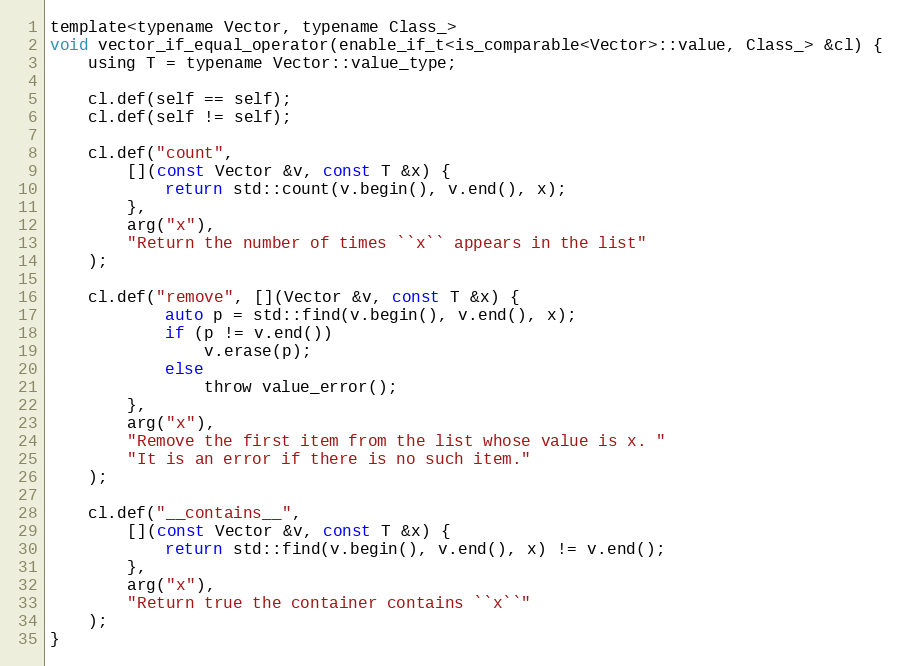
Language: C
template<typename Vector, typename Class_>
void vector_if_equal_operator(enable_if_t<is_comparable<Vector>::value, Class_> &cl) {
    using T = typename Vector::value_type;

    cl.def(self == self);
    cl.def(self != self);

    cl.def("count",
        [](const Vector &v, const T &x) {
            return std::count(v.begin(), v.end(), x);
        },
        arg("x"),
        "Return the number of times ``x`` appears in the list"
    );

    cl.def("remove", [](Vector &v, const T &x) {
            auto p = std::find(v.begin(), v.end(), x);
            if (p != v.end())
                v.erase(p);
            else
                throw value_error();
        },
        arg("x"),
        "Remove the first item from the list whose value is x. "
        "It is an error if there is no such item."
    );

    cl.def("__contains__",
        [](const Vector &v, const T &x) {
            return std::find(v.begin(), v.end(), x) != v.end();
        },
        arg("x"),
        "Return true the container contains ``x``"
    );
}